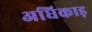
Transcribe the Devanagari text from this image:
अधिकाड़